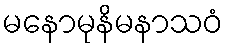
မနောမုနိမနာသဝံ